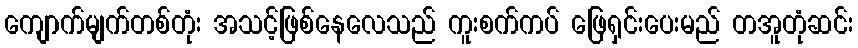
ကျောက်မျက်တစ်တုံး အသင့်ဖြစ်နေလေသည် ကူးစက်ကပ် ဖြေရှင်းပေးမည် တအူတုံဆင်း